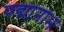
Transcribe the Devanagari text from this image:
पद्मानाभ